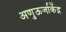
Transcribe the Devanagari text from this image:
अणुऊर्जाकेंद्र